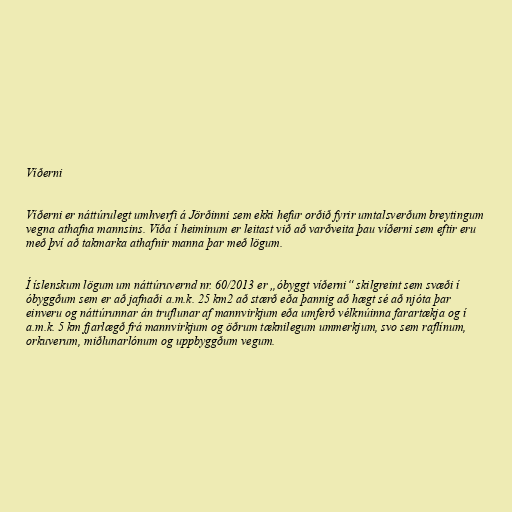
Víðerni

Víðerni er náttúrulegt umhverfi á Jörðinni sem ekki hefur orðið fyrir umtalsverðum breytingum
vegna athafna mannsins. Víða í heiminum er leitast við að varðveita þau víðerni sem eftir eru
með því að takmarka athafnir manna þar með lögum.

Í íslenskum lögum um náttúruvernd nr. 60/2013 er „óbyggt víðerni“ skilgreint sem svæði í
óbyggðum sem er að jafnaði a.m.k. 25 km2 að stærð eða þannig að hægt sé að njóta þar
einveru og náttúrunnar án truflunar af mannvirkjum eða umferð vélknúinna farartækja og í
a.m.k. 5 km fjarlægð frá mannvirkjum og öðrum tæknilegum ummerkjum, svo sem raflínum,
orkuverum, miðlunarlónum og uppbyggðum vegum.